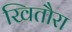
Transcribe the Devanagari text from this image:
खितौरा